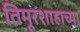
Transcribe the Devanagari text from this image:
तिमूरशाहाच्या